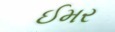
ઈમર